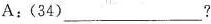
A:(34)___?